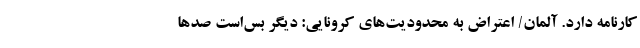
کارنامه دارد. آلمان/ اعتراض به محدودیت‌های کرونایی: دیگر بس‌است صدها